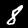
Digit: 8